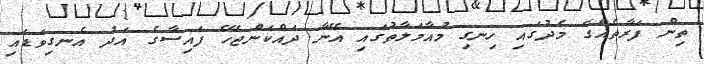
ތިން ފަރާތެއްގެ މެދުގައި ހިނގި މުއާމަލާތުގައި އޭނާ ދައްކަންޖެހޭ ފައިސާގެ އަދު އެނގިވަޑައި